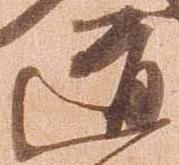
道